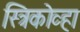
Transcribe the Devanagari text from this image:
स्त्रिकोव्हा